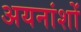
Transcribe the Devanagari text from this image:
अयनांशों